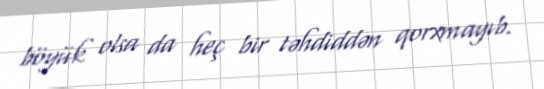
böyük olsa da heç bir təhdiddən qorxmayıb.